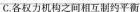
C.各权力机构之间相互制约平衡